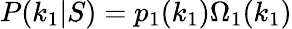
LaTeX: P(k_{1}|S)=p_{1}(k_{1})\Omega_{1}(k_{1})